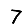
Digit: 7